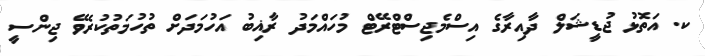
ކ. އަތޮޅު ޖުޑީޝަލް ދާއިރާގެ އިސްމެޖިސްޓްރޭޓް މުހައްމަދު ރާޣިބު އަހުމަދަށް ތުހުމަތުކުރެވޭ ޖިންސީ